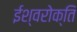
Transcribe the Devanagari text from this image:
ईश्वरोक्ति